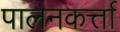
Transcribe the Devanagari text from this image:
पालनकर्त्ता